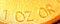
I OZ CR